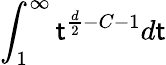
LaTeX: \int_{1}^{\infty}\mathsf{t}^{\frac{{d}}{{2}}-C-1}d\mathsf{t}